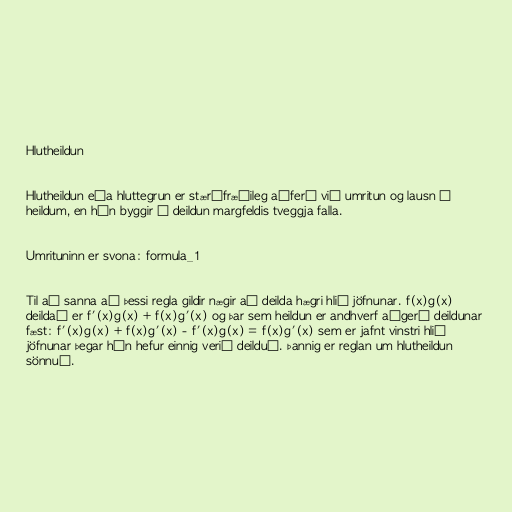
Hlutheildun

Hlutheildun eða hluttegrun er stærðfræðileg aðferð við umritun og lausn á
heildum, en hún byggir á deildun margfeldis tveggja falla.

Umrituninn er svona: formula_1

Til að sanna að þessi regla gildir nægir að deilda hægri hlið jöfnunar. f(x)g(x)
deildað er f'(x)g(x) + f(x)g'(x) og þar sem heildun er andhverf aðgerð deildunar
fæst: f'(x)g(x) + f(x)g'(x) - f'(x)g(x) = f(x)g'(x) sem er jafnt vinstri hlið
jöfnunar þegar hún hefur einnig verið deilduð. Þannig er reglan um hlutheildun
sönnuð.